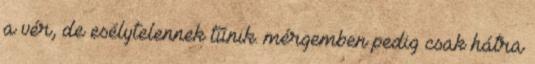
a vér, de esélytelennek tűnik. mérgemben pedig csak hátra